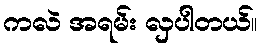
ကလဲ အရမ်း လှပါတယ်။